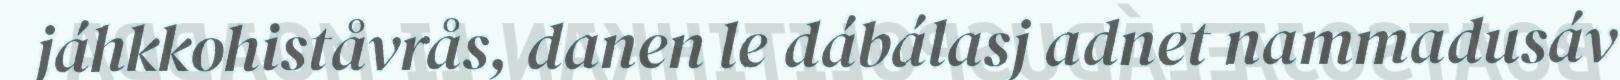
jáhkkohiståvrås, danen le dábálasj adnet nammadusáv